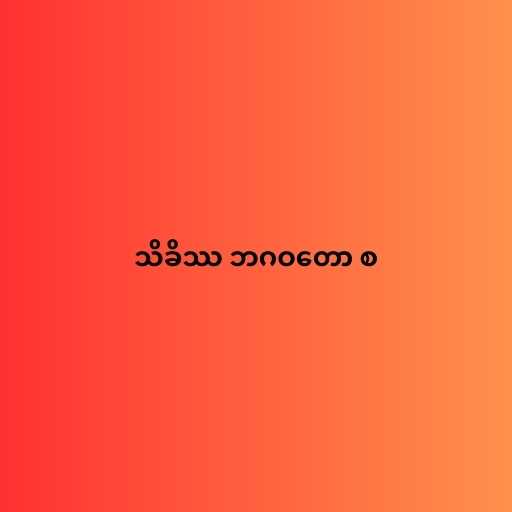
သိခိဿ ဘဂဝတော စ